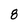
Character: 8